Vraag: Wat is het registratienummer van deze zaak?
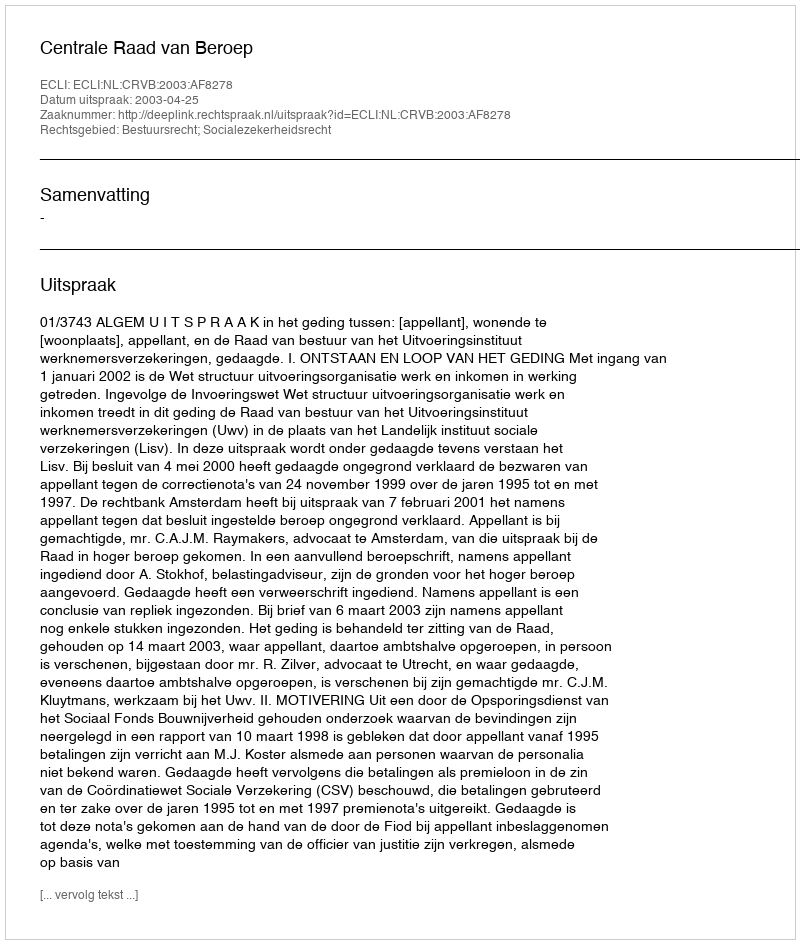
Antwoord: http://deeplink.rechtspraak.nl/uitspraak?id=ECLI:NL:CRVB:2003:AF8278